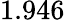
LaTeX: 1.946